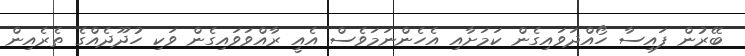
ބޭރުން ފައިސާ ހޯއްދަވައިގެން ކަމަށާއި އެހެންނަމަވެސް އެއީ ރާއްވަވައިގެން ވަކި ހުދޫދެއްގެ ތެރެއިން